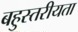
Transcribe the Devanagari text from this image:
बहुस्तरीयता